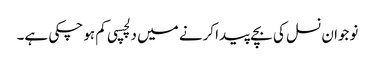
نوجوان نسل کی بچے پیدا کرنے میں دلچسپی کم ہو چکی ہے۔